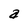
Character: a